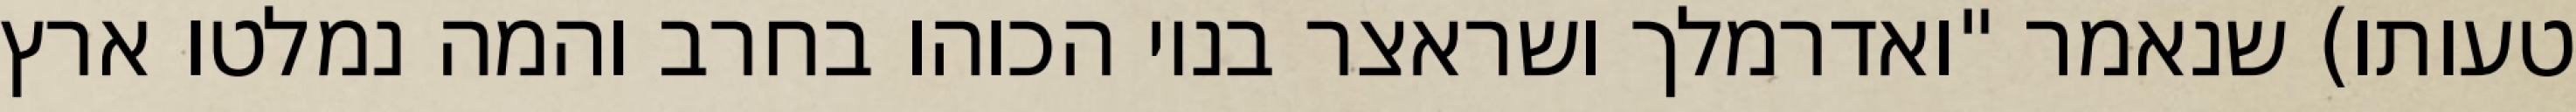
טעותו) שנאמר "ואדרמלך ושראצר בניו הכוהו בחרב והמה נמלטו ארץ